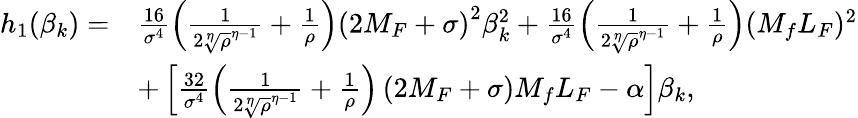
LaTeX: \begin{array}{rl}{h_{1}(\beta_{k})=}&{\frac{16}{\sigma^{4}}\left(\frac{1}{2{\sqrt[\eta]{\rho}}^{\eta-1}}+\frac{1}{\rho}\right)\left(2M_{F}+\sigma\right)^{2}\beta_{k}^{2}+\frac{16}{\sigma^{4}}\left(\frac{1}{2{\sqrt[\eta]{\rho}}^{\eta-1}}+\frac{1}{\rho}\right)(M_{f}L_{F})^{2}}\\ &{+\left[\frac{32}{\sigma^{4}}\left(\frac{1}{2{\sqrt[\eta]{\rho}}^{\eta-1}}+\frac{1}{\rho}\right)\left(2M_{F}+\sigma\right)M_{f}L_{F}-{\alpha}\right]\beta_{k},}\end{array}